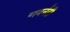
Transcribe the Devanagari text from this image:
गवर्नरी